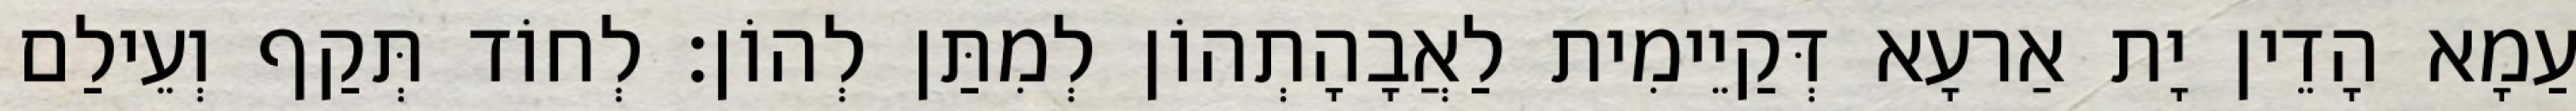
עַמָא הָדֵין יָת אַרעָא דְּקַיֵימִית לַאֲבָהָתְהוֹן לְמִתַּן לְהוֹן׃ לְחוֹד תְּקַף וְעֵילַם